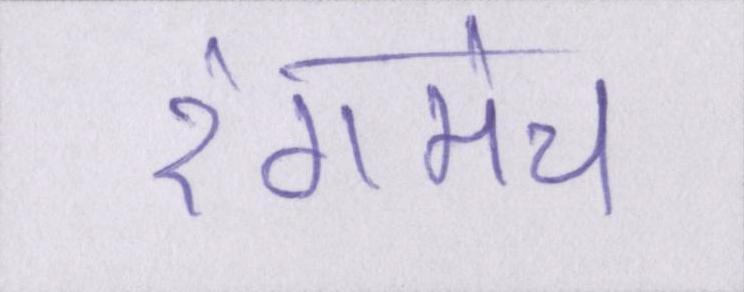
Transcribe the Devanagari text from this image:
रंगमंच